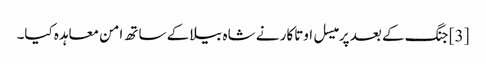
[3] جنگ کے بعد پرمیسل اوتاکار نے شاہ بیلا کے ساتھ امن معاہدہ کیا۔